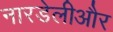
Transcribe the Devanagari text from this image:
नारडेलीऔर